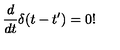
\frac { d } { d t } \delta ( t - t ^ { \prime } ) = 0 !